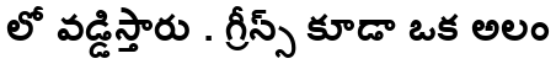
లో వడ్డిస్తారు . గ్రీన్స్ కూడా ఒక అలం